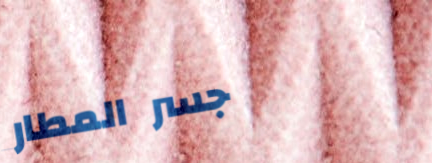
جسر المطار